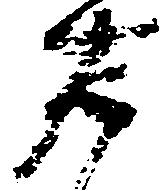
右